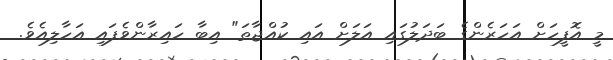
މީ އޮފީހަށް އަހަރެންގެ ބަދަލުގައި އަލަށް އައި ކުއްޖާތަ" އިބާ ހައިރާންވެފައި އަހާލިއެވެ.